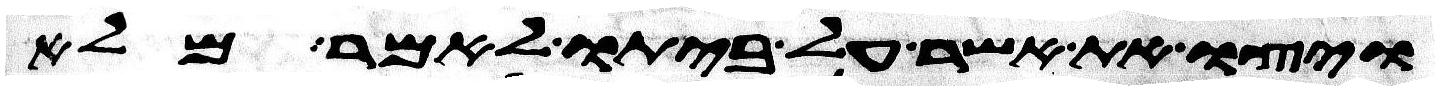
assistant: ויצו את אשר על ביתו לאמר מלא